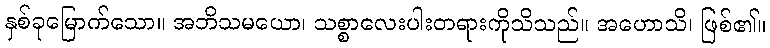
နှစ်ခုမြောက်သော။ အဘိသမယော၊ သစ္စာလေးပါးတရားကိုသိသည်။ အဟောသိ၊ ဖြစ်၏။